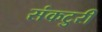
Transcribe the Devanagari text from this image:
संकटुरी